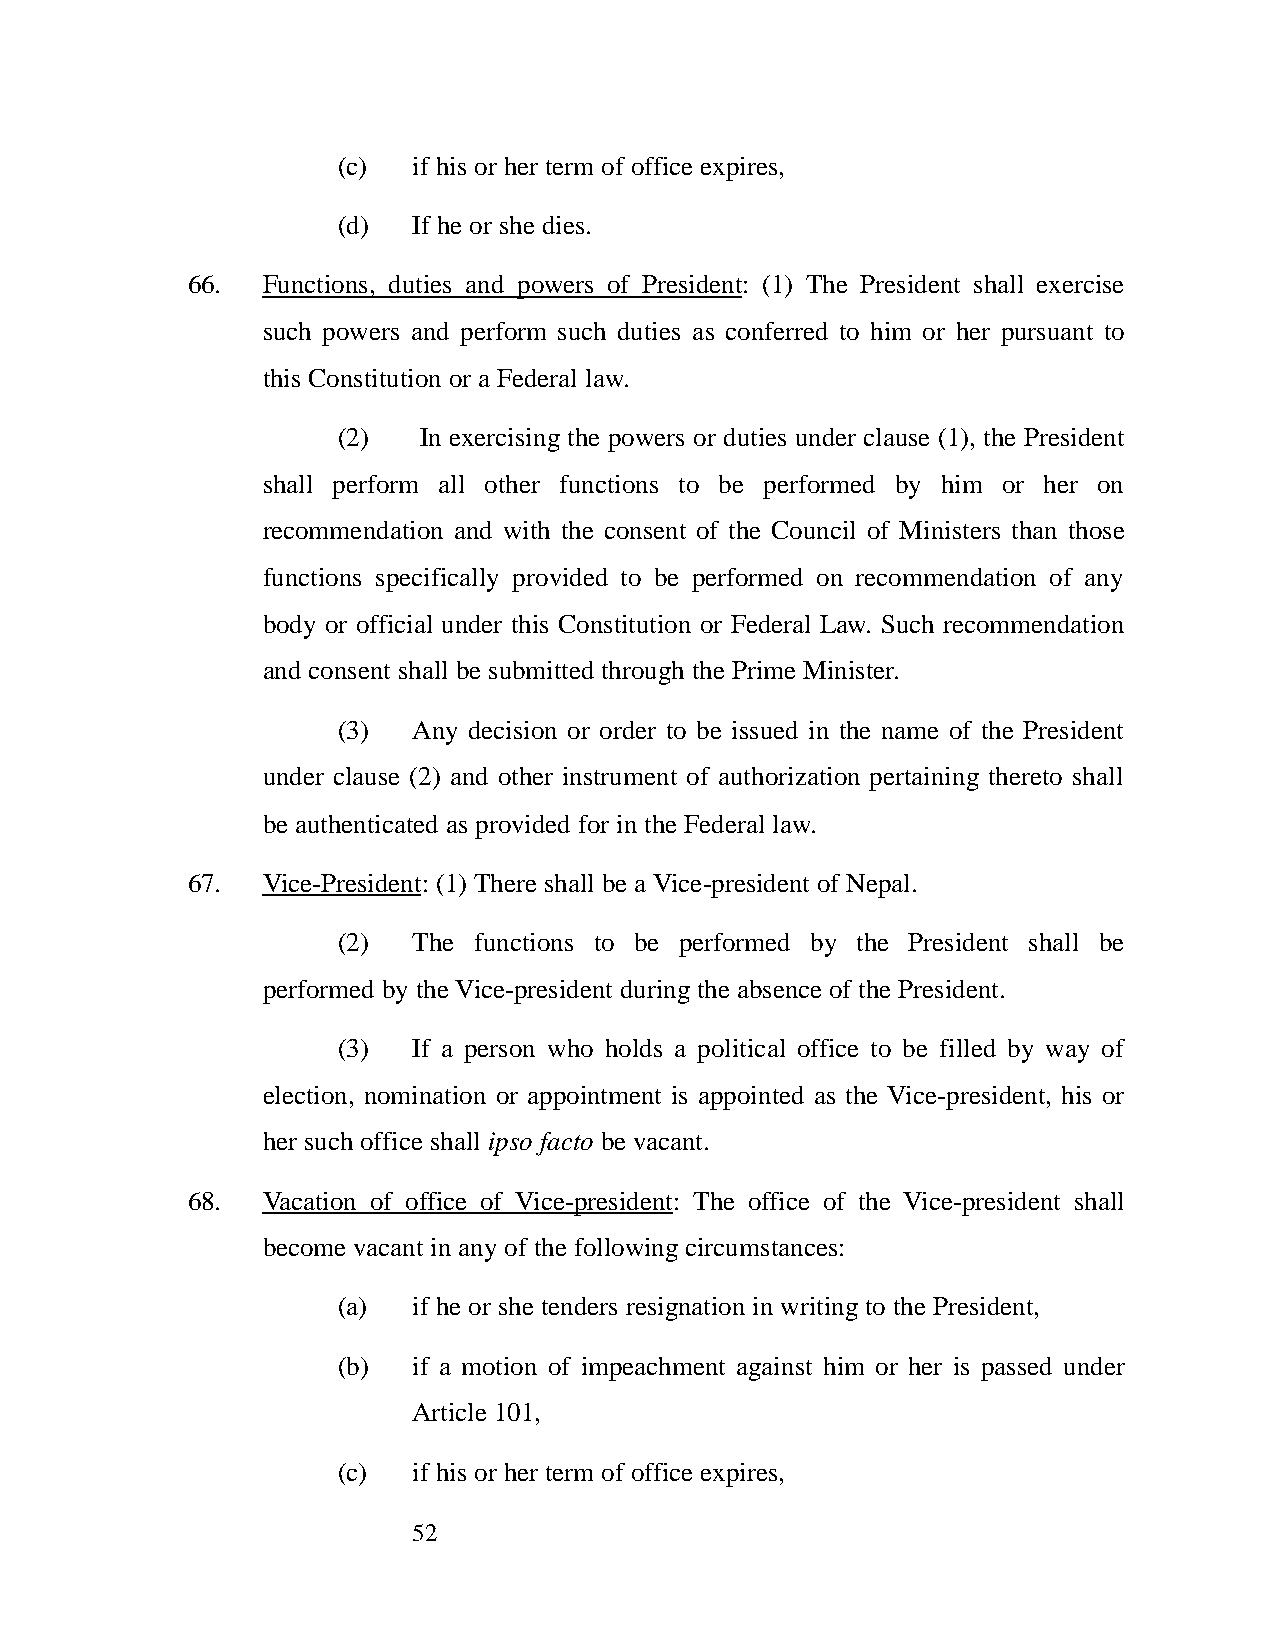
(c)  if his or her term of office expires,
 (d)  If he or she dies.
 66.  Functions, duties and powers of President: (1) The President shall exercise
 such powers and perform such duties as conferred to him or her pursuant to
 this Constitution or a Federal law.
 (2)   In exercising the powers or duties under clause (1), the President
 shall perform all other functions to be performed by him or her on
 recommendation and with the consent of the Council of Ministers than those
 functions specifically provided to be performed on recommendation of any
 body or official under this Constitution or Federal Law. Such recommendation
 and consent shall be submitted through the Prime Minister.
 (3)  Any decision or order to be issued in the name of the President
 under clause (2) and other instrument of authorization pertaining thereto shall
 be authenticated as provided for in the Federal law.
 67.  Vice-President: (1) There shall be a Vice-president of Nepal.
 (2)  The functions to be performed by the President shall be
 performed by the Vice-president during the absence of the President.
 (3)  If a person who holds a political office to be filled by way of
 election, nomination or appointment is appointed as the Vice-president, his or
 her such office shall ipso facto be vacant.
 68.  Vacation of office of Vice-president: The office of the Vice-president shall
 become vacant in any of the following circumstances:
 (a)  if he or she tenders resignation in writing to the President,
 (b)  if a motion of impeachment against him or her is passed under
 Article 101,
 (c)  if his or her term of office expires,
 52